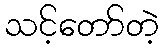
သင့်တော်တဲ့